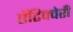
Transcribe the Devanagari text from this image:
ऐंटिक्वेरी